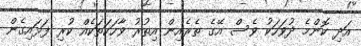
އަދި ކޮންމެ ދުވަހަކު ވެސް އޭގެ ތެރެއިން އިތުރު ވާހަކަތަކެއް ކުރި ފަޅައިގެން